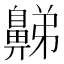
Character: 𪖦